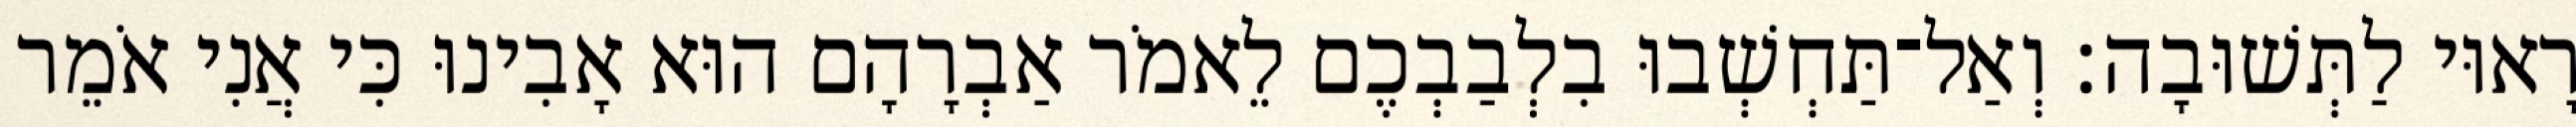
רָאוּי לַתְּשׁוּבָה׃ וְאַל־תַּחְשְׁבוּ בִלְבַבְכֶם לֵאמֹר אַבְרָהָם הוּא אָבִינוּ כִּי אֲנִי אֹמֵר